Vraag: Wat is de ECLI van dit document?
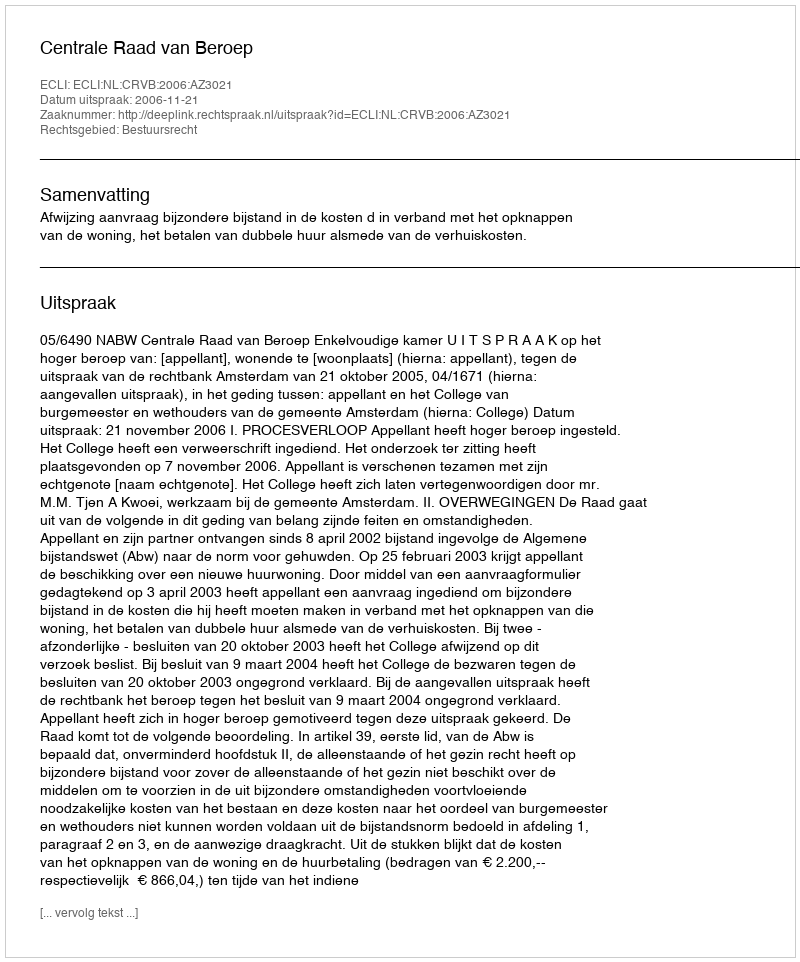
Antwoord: ECLI:NL:CRVB:2006:AZ3021